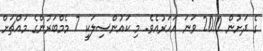
ގެ ދަށުން 2010 ވަނަ އަހަރުއެވެ. މި ކައުންސިލަކީ 7 މެމްބަރުންގެ މައްޗަށް